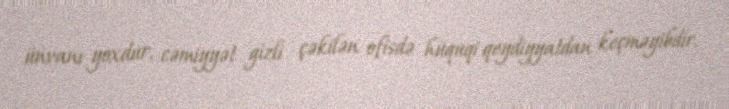
ünvanı yoxdur, cəmiyyət gizli çəkilən ofisdə hüquqi qeydiyyatdan keçməyibdir.